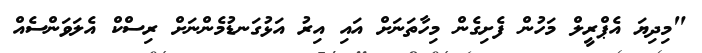
"މިދިޔަ އެޕްރީލް މަހުން ފެށިގެން މިހާތަނަށް އައި އިރު އަޅުގަނޑުމެންނަށް ރިސްކް އެލަވަންސެއް